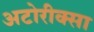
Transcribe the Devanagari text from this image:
अटोरीक्सा